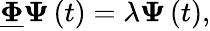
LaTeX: \boldsymbol{\underline{{\Phi}}}\boldsymbol{\Psi}\left(t\right)=\lambda\boldsymbol{\Psi}\left(t\right),